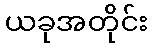
ယခုအတိုင်း